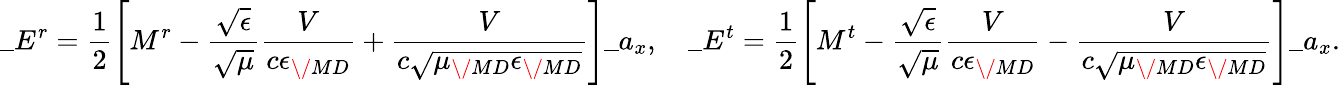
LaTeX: \_ E^{r}=\frac{1}{2}\Bigg[M^{r}-\frac{\sqrt{\epsilon}}{\sqrt{\mu}}\frac{V}{c\epsilon_{\/ {MD}}}+\frac{V}{c\sqrt{\mu_{\/ {MD}}\epsilon_{\/ {MD}}}}\Bigg]\_ a_{x},\quad\_ E^{t}=\frac{1}{2}\Bigg[M^{t}-\frac{\sqrt{\epsilon}}{\sqrt{\mu}}\frac{V}{c\epsilon_{\/ {MD}}}-\frac{V}{c\sqrt{\mu_{\/ {MD}}\epsilon_{\/ {MD}}}}\Bigg]\_ a_{x}.